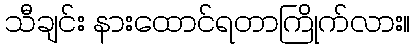
သီချင်း နားထောင်ရတာကြိုက်လား။